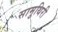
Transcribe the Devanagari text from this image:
सामुथिरी